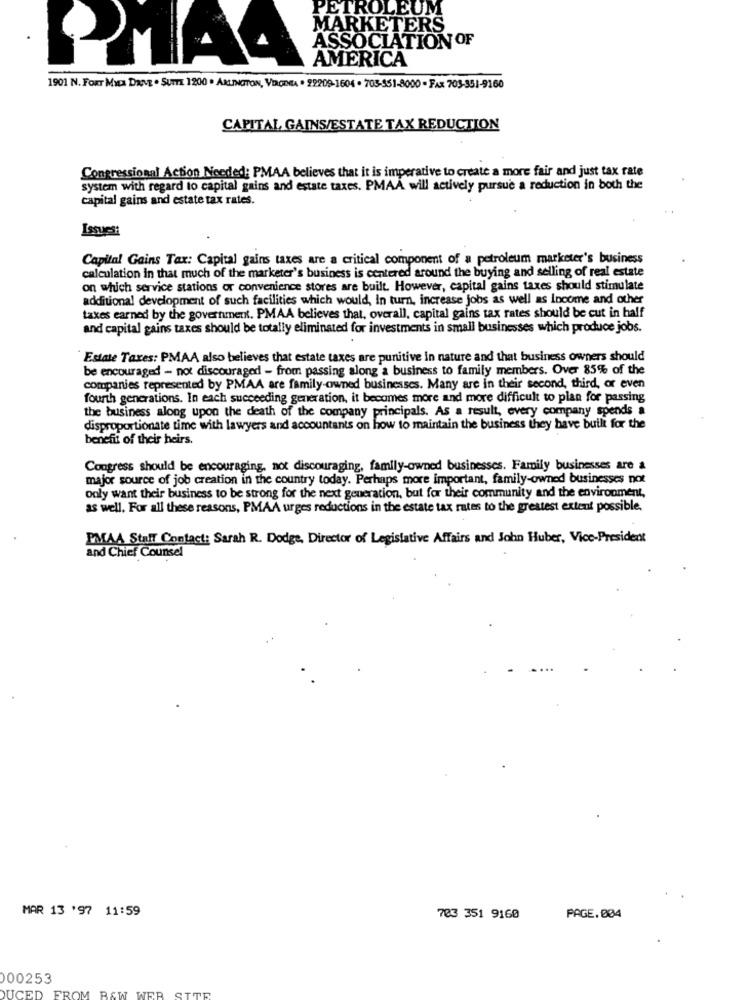
PETROLEUM
MARKETERS
ASSOCIATION OF
AMERICA
1901 N. FORT MED Davz . SUTTE 1200 · ARLINGTON, VDCDEA + 29209-1604 . 703-551-8000 - FAX 703-351-9160
CAPITAL GAINS/ESTATE TAX REDUCTION
Congressional Action Needed: PMAA believes that it is imperative to create a more fair and just tax rate
system with regard to capital gains and estate taxes. PMAA will actively pursue a reduction in both the
capital gains and estate tax rates.
Issues:
Capital Gains Tax: Capital gains taxes are a critical component of a petroleum marketer's business
calculation in that much of the marketer's business is centered around the buying and selling of real estate
on which service stations or convenience stores are built. However, capital gains taxes should stimulate
additional development of such facilities which would, In turn, increase jobs as well as Income and other
taxes earned by the government. PMAA believes that, overall, capital gains tax rates should be cut in half
and capital gains taxes should be totally eliminated for investments in small businesses which produce jobs.
Estate Taxes: PMAA also believes that estate taxes are punitive In nature and that business owners should
be encouraged - not discouraged - from passing along a business to family members. Over 85% of the
companies represented by PMAA are family-owned businesses. Many are in their second, third, or even
fourth generations. In each succeeding generation, it becomes more and more difficult to plan for passing
the business along upon the death of the company principals. As a result, every company spends a
disproportionate time with lawyers and accountants on how to maintain the business they have built for the
benefit of their heirs.
Congress should be encouraging, not discouraging, family-owned businesses. Family businesses are a
major source of job creation in the country today. Perhaps more important, family-owned businesses not
only want their business to be strong for the next generation, but for their community and the environment,
as well. For all these reasons, PMAA urges reductions in the estate tax rates to the greatest extent possible,
PMAA Staff Contact: Sarah R. Dodge, Director of Legislative Affairs and John Huber, Vice-President
and Chief Counsel
MAR 13 '97 11:59
703 351 9160
PAGE.004
00253
TTE
DUCED
FROM BAW WER